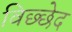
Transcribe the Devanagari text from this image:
विछ्छेद